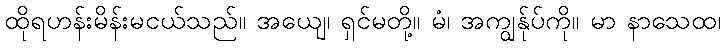
ထိုရဟန်းမိန်းမငယ်သည်။ အယျေ၊ ရှင်မတို့။ မံ၊ အကျွန်ုပ်ကို။ မာ နာသေထ၊